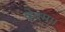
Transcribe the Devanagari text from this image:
वेदम।।